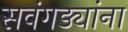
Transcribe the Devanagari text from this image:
सवंगड्यांना